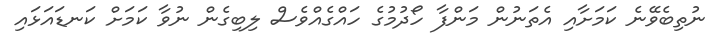
ނުތިބެވޭނެ ކަމަށާއި އެތަނުން މަންފާ ހޯދުމުގެ ހައްގެއްވެސް ލިބިގެން ނުވާ ކަމަށް ކަނޑައަޅައި